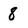
Character: 8